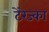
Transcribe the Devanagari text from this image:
टेरेज्का